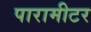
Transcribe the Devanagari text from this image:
पारामीटर